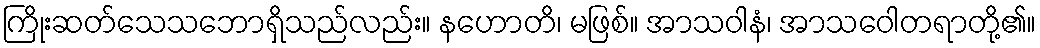
ကြိုးဆတ်သေသဘောရှိသည်လည်း။ နဟောတိ၊ မဖြစ်။ အာသဝါနံ၊ အာသဝေါတရာတို့၏။